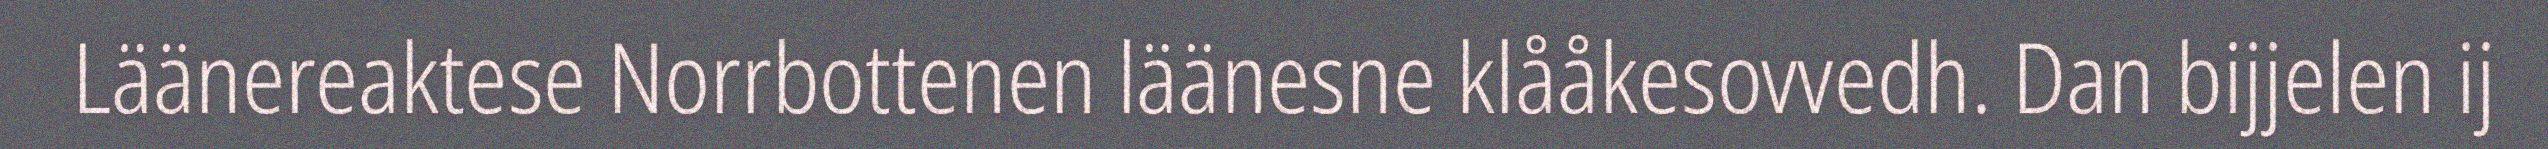
Läänereaktese Norrbottenen läänesne klååkesovvedh. Dan bijjelen ij